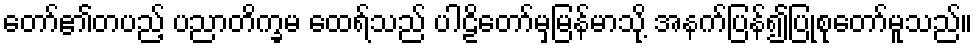
တော်၏တပည့် ပညာတိက္ခမ ထေရ်သည် ပါဠိတော်မှမြန်မာသို့ အနက်ပြန်၍ပြုစုတော်မူသည်။